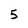
Character: 5